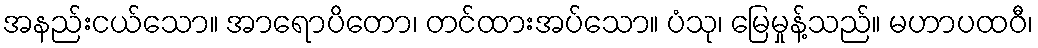
အနည်းငယ်သော။ အာရောပိတော၊ တင်ထားအပ်သော။ ပံသု၊ မြေမှုန့်သည်။ မဟာပထဝီ၊